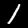
Label: 1